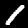
Digit: 1